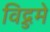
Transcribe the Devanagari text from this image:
विद्रुमे